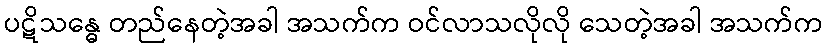
ပဋိသန္ဓေ တည်နေတဲ့အခါ အသက်က ဝင်လာသလိုလို သေတဲ့အခါ အသက်က